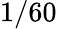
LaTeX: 1/60